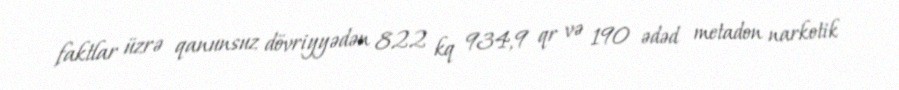
faktlar üzrə qanunsuz dövriyyədən 822 kq 934,9 qr və 190 ədəd metadon narkotik